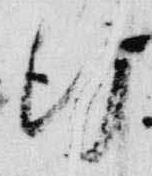
行